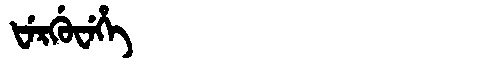
Manchu: ᡶᡝᡵᡤᡠᠸᡝᡥᡝ
Romanization: FERGUWEHE